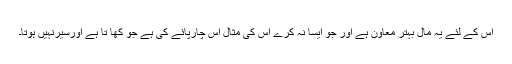
اس کے لئے یہ مال بہتر معاون ہے اور جو ایسا نہ کرے اس کی مثال اس چارپائے کی ہے جو کھا تا ہے اورسیرنہیں ہوتا۔